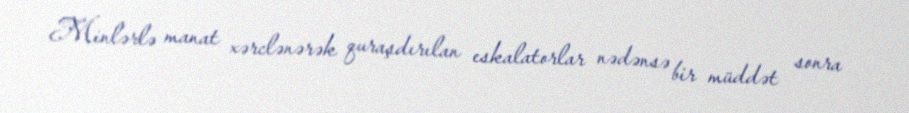
Minlərlə manat xərclənərək quraşdırılan eskalatorlar nədənsə bir müddət sonra